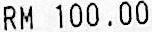
RM 100.00